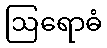
ဩရောဓံ